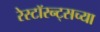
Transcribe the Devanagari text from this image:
रेस्टॉरन्ट्सच्या